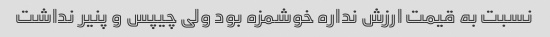
نسبت به قیمت ارزش نداره خوشمزه بود ولی چیپس و پنیر نداشت